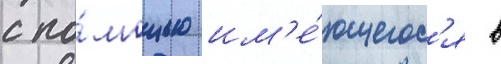
с по́мощью им'е́ющегос'я в